Report of the Imperial Institute of Veterinary Research, Muktesar
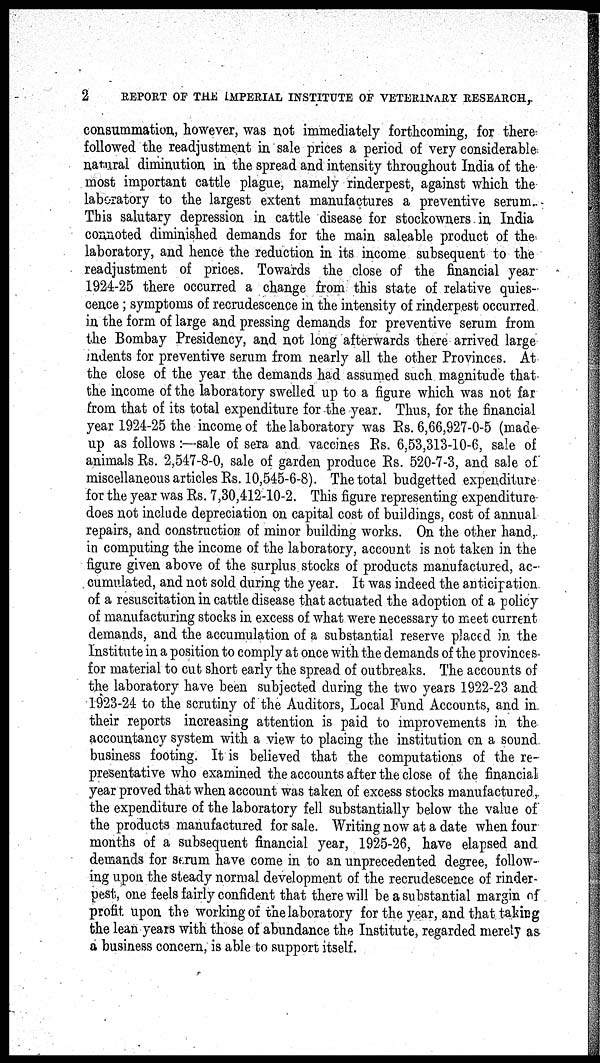
2
REPORT OF THE IMPERIAL INSTITUTE OF VETERINARY RESEARCH,.
consummation, however, was not immediately forthcoming, for there
followed the readjustment in sale prices a period of very considerable
natural diminution in the spread and intensity throughout India of the
most important cattle plague, namely rinderpest, against which the
laboratory to the largest extent manufactures a preventive serum.
This salutary depression in cattle disease for stockowners in India
connoted diminished demands for the main saleable product of the
laboratory, and hence the reduction in its income subsequent to the
readjustment of prices. Towards the close of the financial year
1924-25 there occurred a change from this state of relative quies-
cence ; symptoms of recrudescence in the intensity of rinderpest occurred
in the form of large and pressing demands for preventive serum from
the Bombay Presidency, and not long afterwards there arrived large
indents for preventive serum from nearly all the other Provinces. At
the close of the year the demands had assumed such magnitude that
the income of the laboratory swelled up to a figure which was not far
from that of its total expenditure for the year. Thus, for the financial
year 1924-25 the income of the laboratory was Rs. 6,66,927-0-5 (made
up as follows :—sale of sera and vaccines Rs. 6,53,313-10-6, sale of
animals Rs. 2,547-8-0, sale of garden produce Rs. 520-7-3, and sale of
miscellaneous articles Rs. 10,545-6-8). The total budgetted expenditure
for the year was Rs. 7,30,412-10-2. This figure representing expenditure
does not include depreciation on capital cost of buildings, cost of annual
repairs, and construction of minor building works. On the other hand,
in computing the income of the laboratory, account is not taken in the
figure given above of the surplus stocks of products manufactured, ac-
cumulated, and not sold during the year. It was indeed the anticipation
of a resuscitation in cattle disease that actuated the adoption of a policy
of manufacturing stocks in excess of what were necessary to meet current
demands, and the accumulation of a substantial reserve placed in the
Institute in a position to comply at once with the demands of the provinces
for material to cut short early the spread of outbreaks. The accounts of
the laboratory have been subjected during the two years 1922-23 and
1923-24 to the scrutiny of the Auditors, Local Fund Accounts, and in
their reports increasing attention is paid to improvements in the
accountancy system with a view to placing the institution on a sound
business footing. It is believed that the computations of the re-
presentative who examined the accounts after the close of the financial
year proved that when account was taken of excess stocks manufactured,
the expenditure of the laboratory fell substantially below the value of
the products manufactured for sale. Writing now at a date when four
months of a subsequent financial year, 1925-26, have elapsed and
demands for serum have come in to an unprecedented degree, follow-
ing upon the steady normal development of the recrudescence of rinder-
pest, one feels fairly confident that there will be a substantial margin of
profit upon the working of the laboratory for the year, and that taking
the lean years with those of abundance the Institute, regarded merely as
a business concern, is able to support itself.